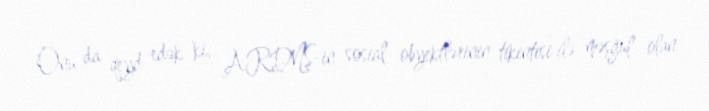
Onu da qeyd edək ki, ARDNŞ-in sosial obyektlərinin tikintisi ilə məşğul olan